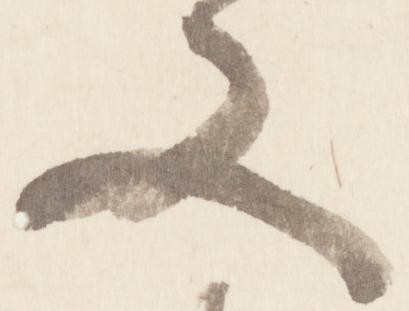
又